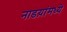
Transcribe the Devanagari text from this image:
नाडय़ांमध्ये